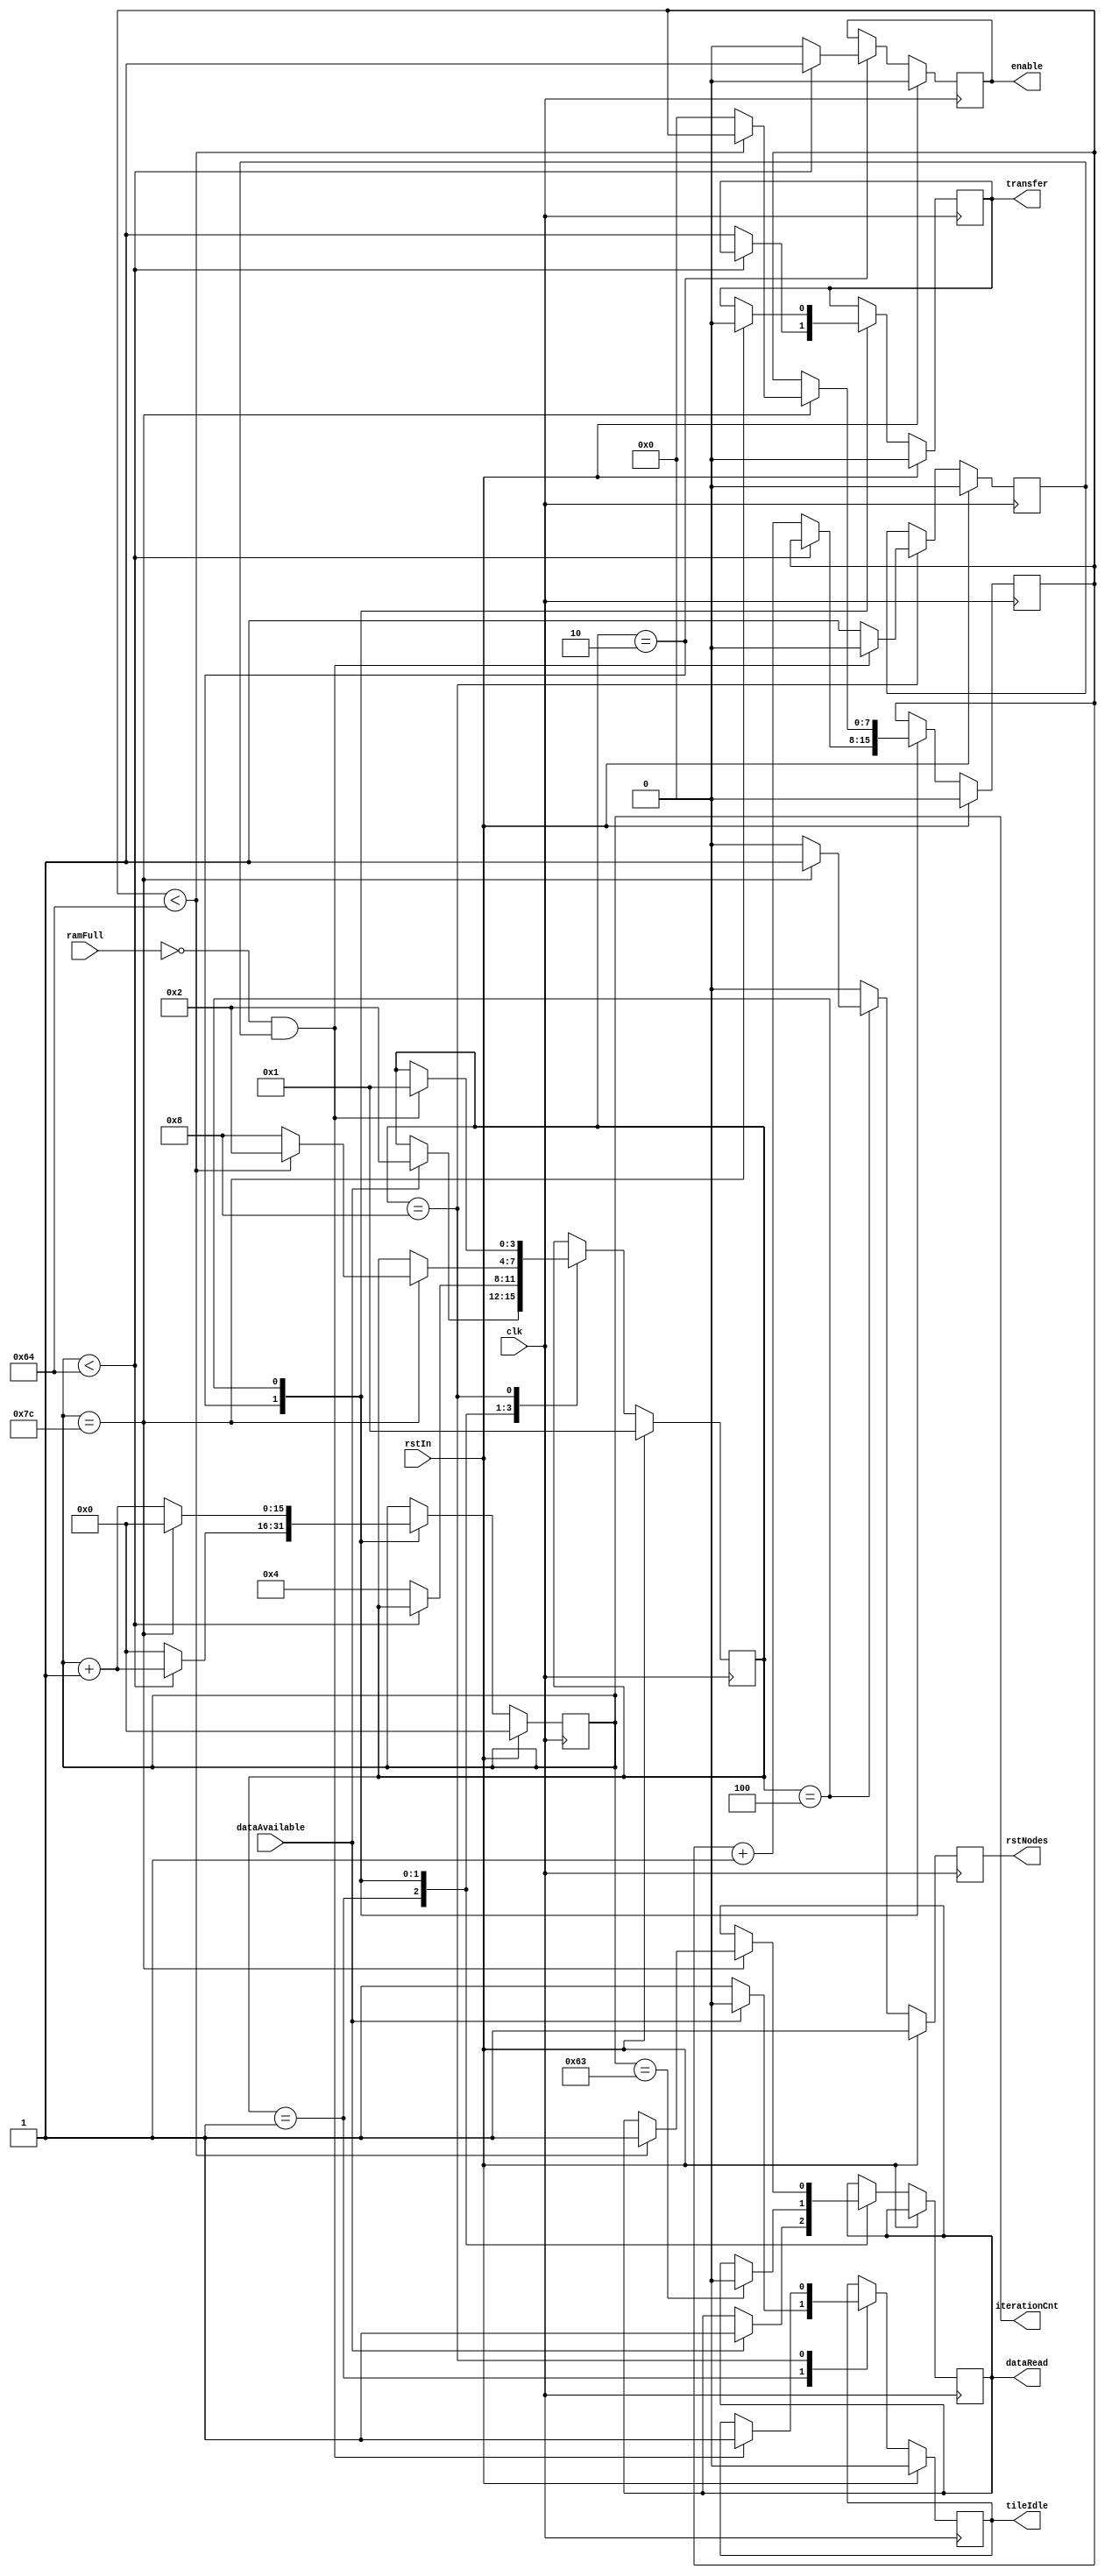
module convLayerControl #(

parameter SIZE = 16'd125,			//number of processing units in this tile
parameter LOOP = 16'd100,			//nodes calculated per processing unit
parameter PRV_SIZE = 16'd10,		//number of processing units in previous tile
parameter PRV_LOOP = 16'd10,		//number of loops in previous tile
parameter FILTER_X = 16'd10,
parameter FILTER_Y = 16'd10,
parameter STRIDE = 16'd1

)(

input clk,
input rstIn,
input dataAvailable,
input ramFull,
output reg enable = 0,
output reg transfer = 0,
output reg tileIdle = 0,
output reg rstNodes = 0,
output reg dataRead = 0,
output reg [15:0] iterationCnt = 0

);

localparam 	READY	 	= 4'b0001,
				PROCESS 	= 4'b0010,
				TRANSFER = 4'b0100,
				WAIT	 	= 4'b1000;
				
reg [3:0] CURRENT_STATE = READY;
				
reg ramWait = 0;
reg [$clog2(LOOP):0] loopCnt = 0;

/*
Control FSM for each tile.

In state READY the tile waits for data from the previous tile to become 
available. In PROCESS, the tile computes the output of each node using
successive add-multiply ops. These outputs are passed through a combinational
approximation of the sigmoid function in one cycle and then TRANSFERred 
to RAM. The PROCESS/TRANSFER cycle repeats a LOOP number of times, after
which the state machine enters the WAIT state, where the module idles until
the following tile compute its outputs based on the data in the aforementioned 
RAM.
*/

always@(posedge clk) begin

	if(rstIn) begin
	
		enable 			<= 0;
		transfer 		<= 0;
		iterationCnt 	<= 0;
		loopCnt 			<= 0;
		tileIdle 		<= 0;
		ramWait 			<= 0;
		rstNodes 		<= 1;

		CURRENT_STATE <= READY;
		
	end
	
	else begin
	
		rstNodes <= 0;
				
		case(CURRENT_STATE)
		
			READY: begin
			
				tileIdle <= 1;
				
				if(dataAvailable) begin
				
					tileIdle <= 0;
					dataRead <= 1;
					
					CURRENT_STATE <= PROCESS;
						
				end

			end
			
			PROCESS: begin
				
				iterationCnt <= iterationCnt + 1'd1;
				
				if(iterationCnt == PRV_SIZE*PRV_LOOP - 1)
					dataRead <= 0;
					
				if(iterationCnt < PRV_SIZE*PRV_LOOP)
					enable <= 1;
					
				else begin
					
					enable 	<= 0;
					iterationCnt <= 0;
					loopCnt <= loopCnt + 1'b1;
					
					transfer 	<= 1;
					CURRENT_STATE <= TRANSFER;
					
					
				end
				
			end
			
			TRANSFER: begin
				
				iterationCnt <= iterationCnt + 1'b1;
				
				if(iterationCnt == SIZE - 1'b1) begin
				
					iterationCnt <= 0;
					transfer 	<= 0;
					rstNodes 	<= 1;
					
					if(loopCnt < LOOP) begin
						
						dataRead <= 1;
						CURRENT_STATE <= PROCESS;
						
					end	
					else begin
						CURRENT_STATE <= WAIT;
						loopCnt <= 0;
					end
					
				end
			
			end
			
			WAIT: begin
				
				ramWait <= 1;
				
				if(!ramFull && ramWait) begin
					
					ramWait <= 0;
					tileIdle <= 1;
					CURRENT_STATE <= READY;
					
				end
			
			end
			
		endcase
		
	end

end

endmodule